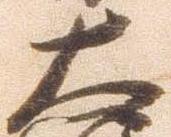
大